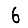
Digit: 6